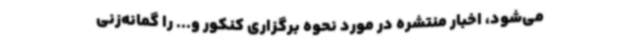
می‌شود، اخبار منتشره در مورد نحوه برگزاری کنکور و... را گمانه‌زنی